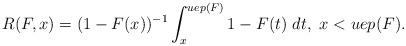
LaTeX: \begin{align*}R(F,x)=(1-F(x))^{-1} \int_{x}^{uep(F)} 1-F(t)\ dt, \ x< uep(F). \end{align*}